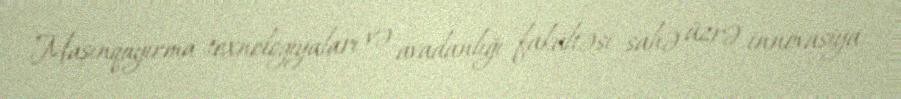
Maşınqayırma texnologiyaları və avadanlığı fakültəsi sahə üzrə innovasiya